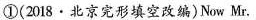
①(2018.北京完形填空改编)Now Mr.